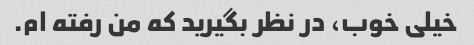
خیلی خوب، در نظر بگیرید که من رفته ام.